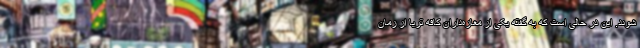
شوند. این در حالی است که به گفته یکی از مغازه‌داران کافه تریا از زمان